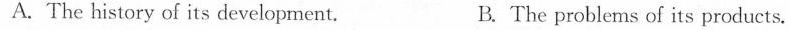
A. The history of its development. B. The problems of its products.